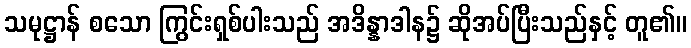
သမုဋ္ဌာန် စသော ကြွင်းရှစ်ပါးသည် အဒိန္နာဒါန၌ ဆိုအပ်ပြီးသည်နှင့် တူ၏။